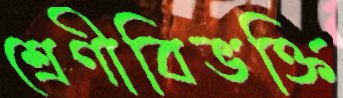
শ্রেণীবিভক্তি